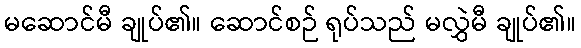
မဆောင်မီ ချုပ်၏။ ဆောင်စဉ် ရုပ်သည် မလွှဲမီ ချုပ်၏။